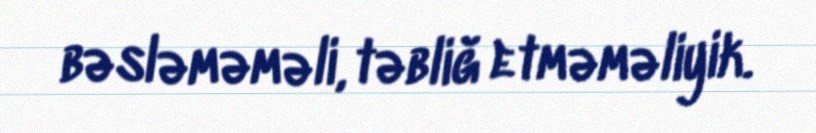
bəsləməməli, təbliğ etməməliyik.